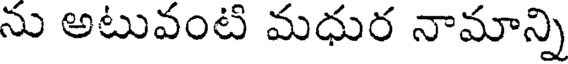
ను అటువంటి మధుర నామాన్ని